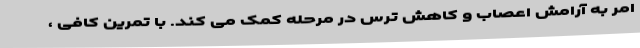
امر به آرامش اعصاب و کاهش ترس در مرحله کمک می کند. با تمرین کافی ،